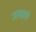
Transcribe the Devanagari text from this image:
जनताचे